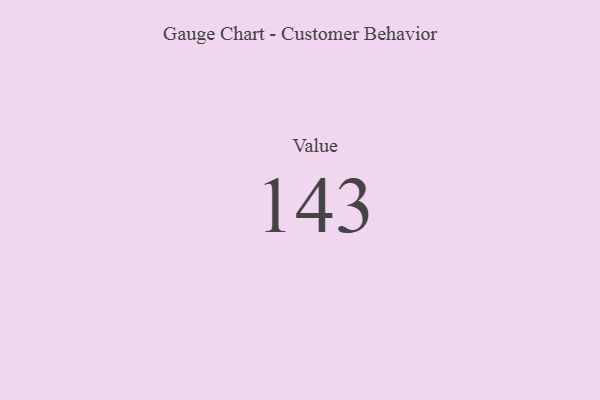
{"axis": {"x": "Metric", "y": "Value"}, "legend": [""], "data": [{"x": "Value", "y": 143, "type": ""}]}